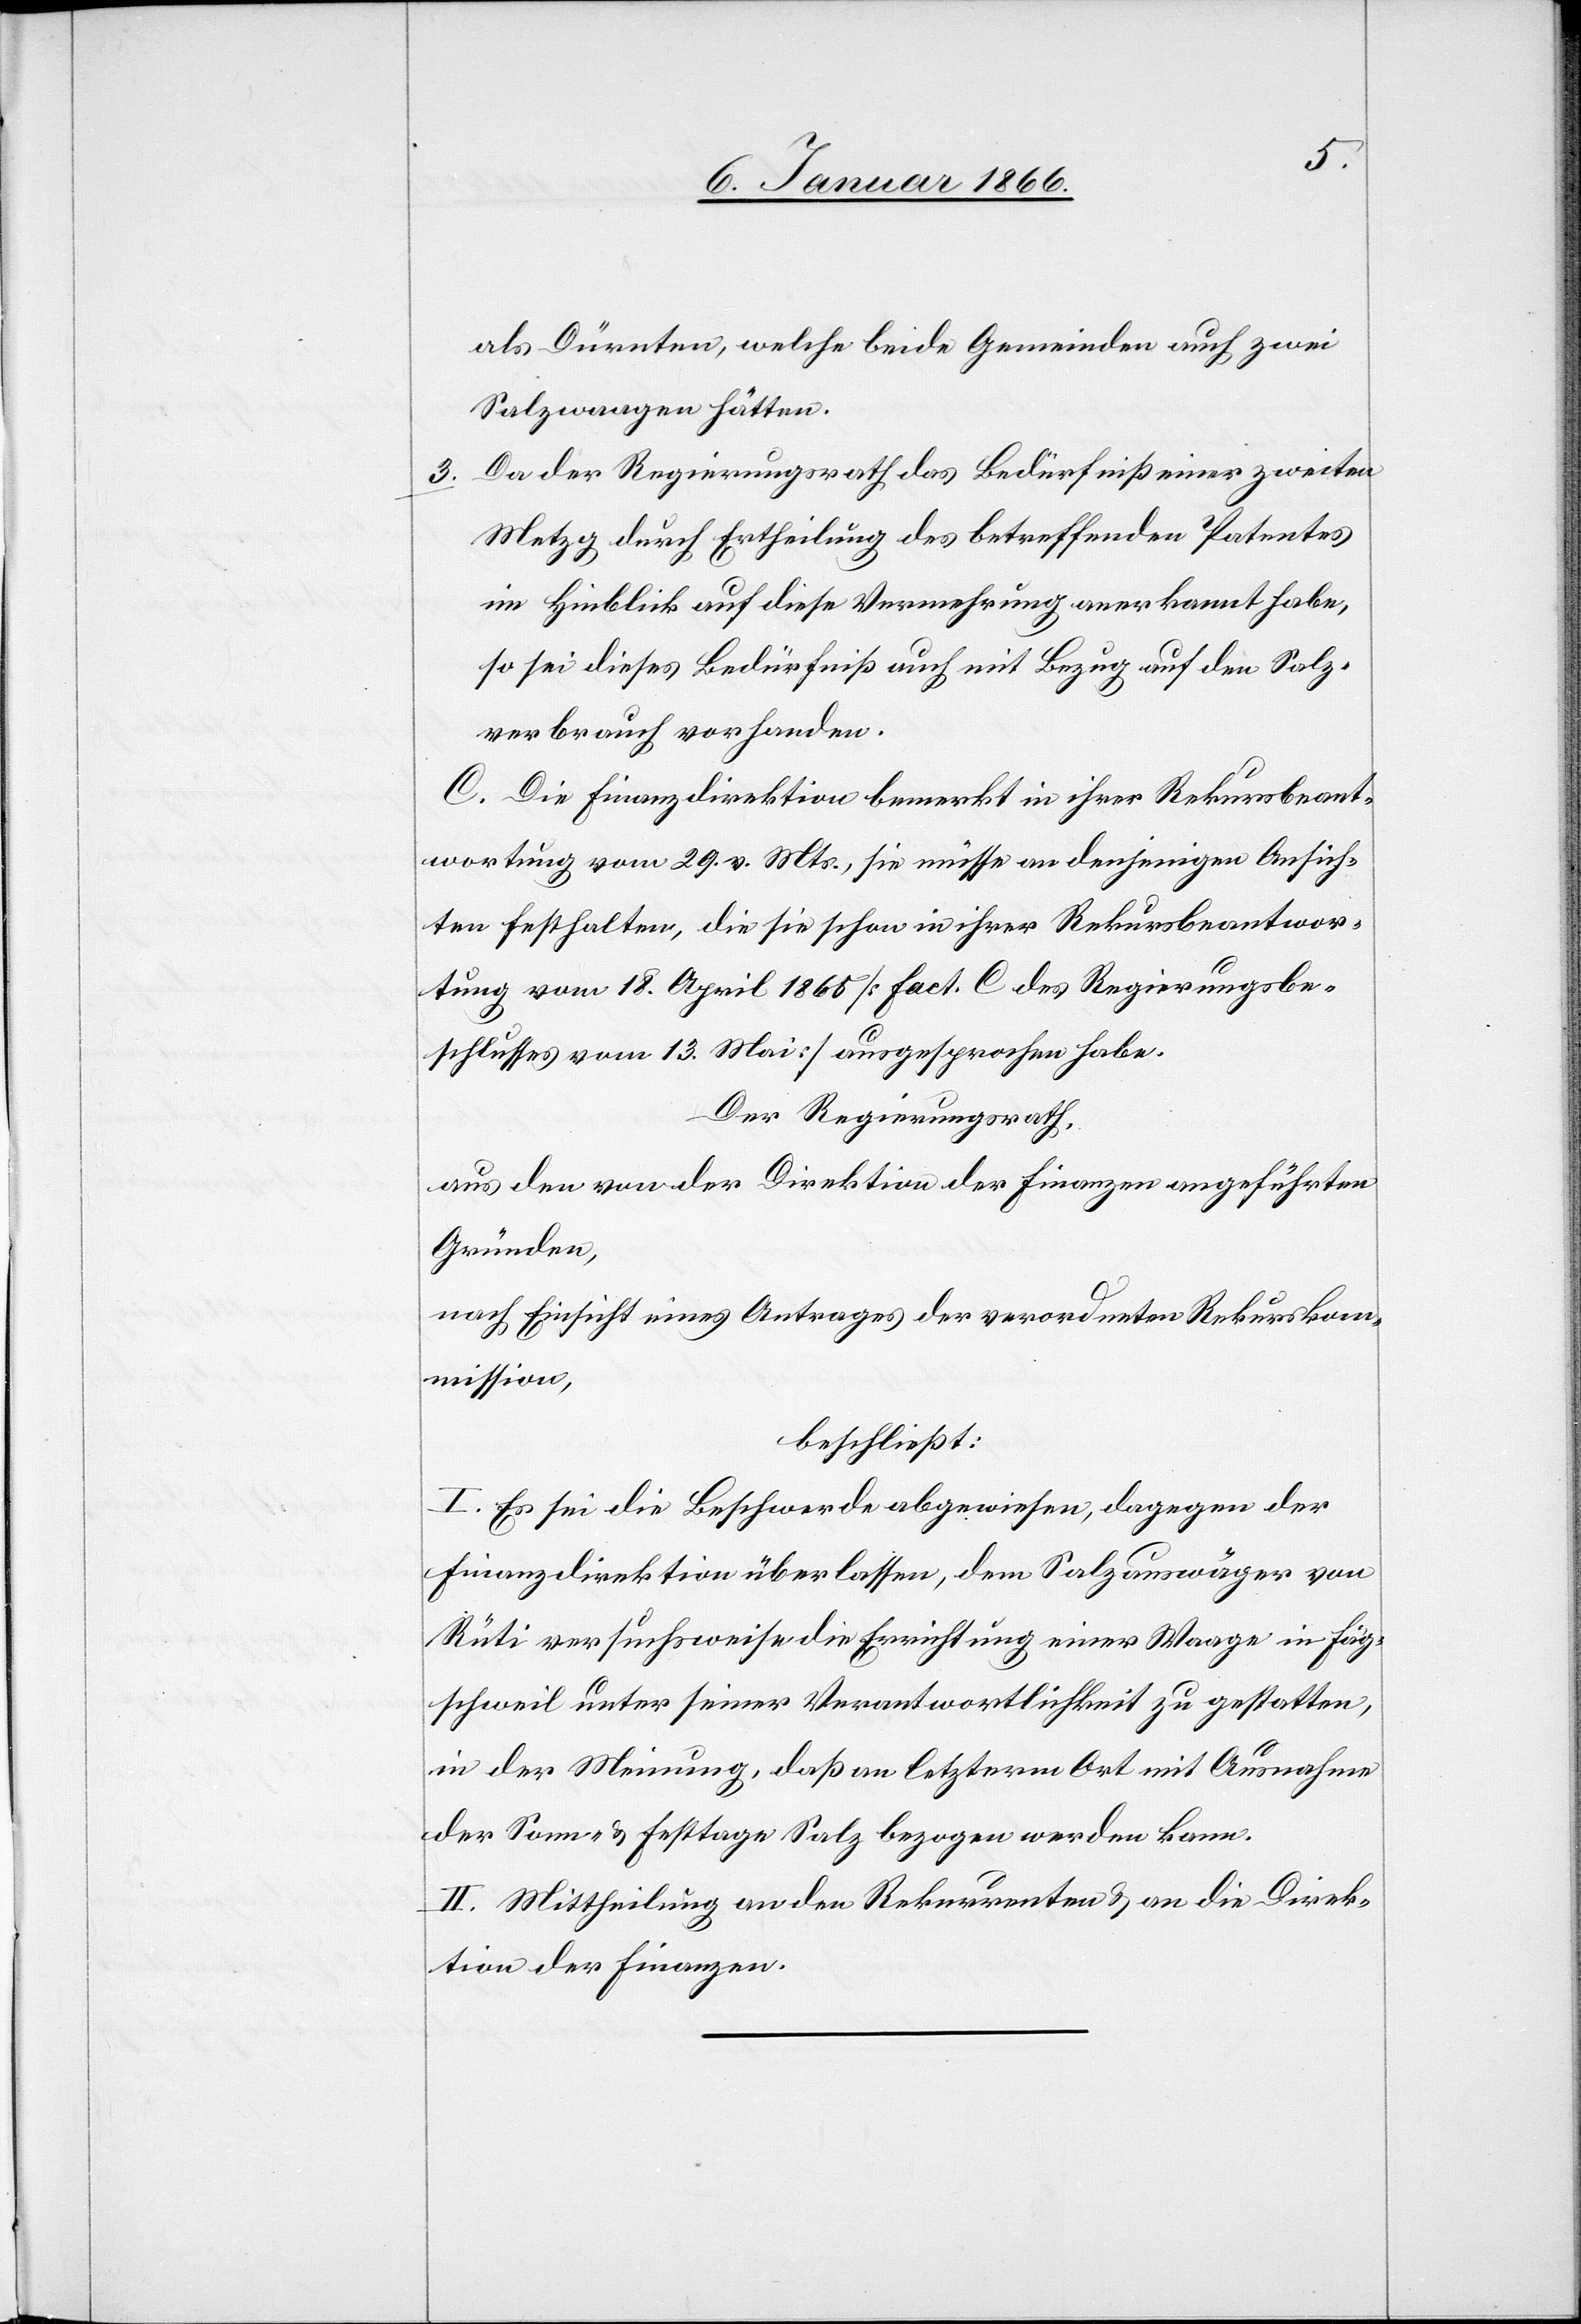
als Dürnten, welche beide Gemeinden auch zwei
Salzwaagen hätten.
Da der Regierungsrath das Bedürfniß einer zweiten
Metzg durch Ertheilung des betreffenden Patentes
im Hinblick auf diese Vermehrung anerkannt habe,
so sei dieses Bedürfnis auch mit Bezug auf den Salz¬
verbrauch vorhanden.
C. Die Finanzdirektion bemerkt in ihrer Rekursbeant¬
wortung vom 29. v. Mts., sie müsse an denjenigen Ansich¬
ten festhalten, die sie schon in ihrer Rekursbeantwor¬
tung vom 18. April 1865 [Fact. C des Regierungsbe¬
schlusses vom 13. Mai] ausgesprochen habe.
Der Regierungsrath
aus den von der Direktion der Finanzen angeführten
Gründen,
nach Einsicht eines Antrages der verordneten Rekurskom¬
mission,
beschließt:
I. Es sei die Beschwerde abgewiesen, dagegen der
Finanzdirektion überlassen, dem Salzauswäger von
Rüti versuchsweise die Errichtung einer Waage in Fäg¬
schweil unter seiner Verantwortlichkeit zu gestatten,
in der Meinung, daß an letzterm Art mit Ausnahme
der Sonn- u. Festtage Salz bezogen werden kann.
II. Mittheilung an den Rekurrenten u. an die Direk¬
tion der Finanzen.